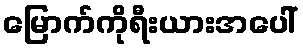
မြောက်ကိုရီးယားအပေါ်